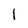
Character: 1